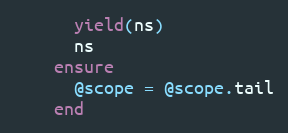
Language: Ruby
      yield(ns)
      ns
    ensure
      @scope = @scope.tail
    end